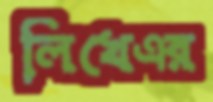
লিখেএর